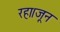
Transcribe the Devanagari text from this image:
रहा।जून